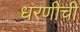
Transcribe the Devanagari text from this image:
धरणीची